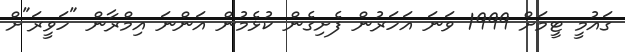
ގައުމީ ޓީމަށް 1999 ވަނަ އަހަރުން ފެށިގެން ކުޅެމުން އަންނަ އިމްރާން "ހަވީރަ"ށް